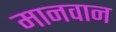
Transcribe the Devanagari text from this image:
मानवान